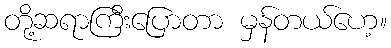
တို့ဆရာကြီးပြောတာ မှန်တယ်ဟေ့။